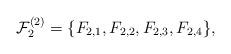
LaTeX: \begin{align*}\mathcal F_2^{(2)}=\{F_{2,1},F_{2,2},F_{2,3},F_{2,4}\},\end{align*}